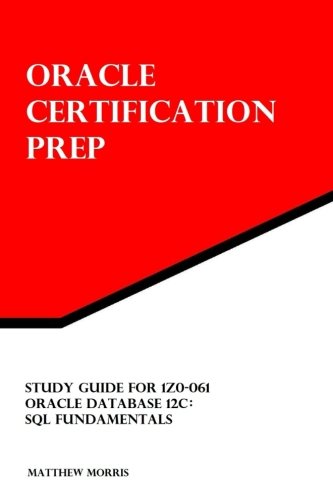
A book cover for Study Guide for 1Z0-061: Oracle Database 12c: SQL Fundamentals: Oracle Certification Prep; Matthew Morris; Computers & Technology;